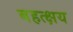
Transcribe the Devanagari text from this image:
बहत्क्षय